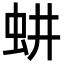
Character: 𬟷